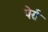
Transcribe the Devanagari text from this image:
पेर्स